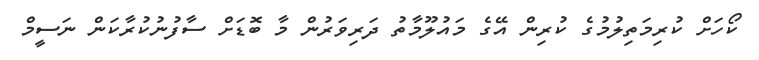
ކޯހަށް ކުރިމަތިލުމުގެ ކުރިން އޭގެ މައުލޫމާތު ދަރިވަރުން މާ ބޮޑަށް ސާފުނުކުރާކަން ނަސީމް